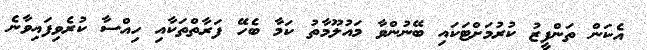
އެކަން ތަންފީޒު ކުރުމަށްޓަކައި ބޭނުންވާ މައުލޫމާތު ކަމާ ބެހޭ ފަރާތްތަކާއި ހިއްސާ ކުރެވިފައިވާނެ